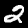
Label: 2